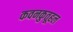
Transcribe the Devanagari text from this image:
कवनकुतूहल